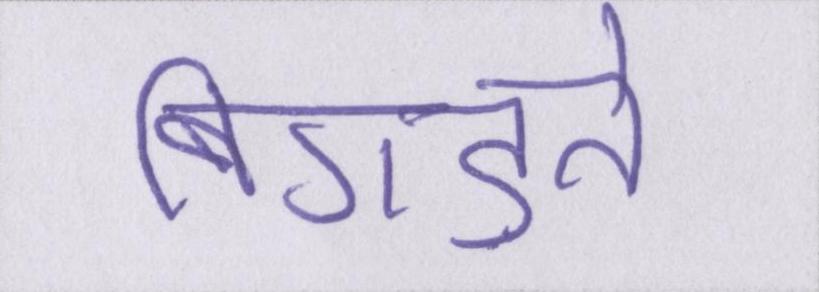
बिगड़ते